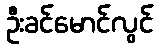
ဦးခင်မောင်လွင်